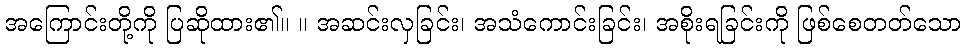
အကြောင်းတို့ကို ပြဆိုထား၏။ ။ အဆင်းလှခြင်း၊ အသံကောင်းခြင်း၊ အစိုးရခြင်းကို ဖြစ်စေတတ်သော